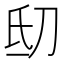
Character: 𬇉